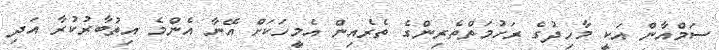
ސަމްއާން އަކީ މާހިދުގެ ރަހުމަތްތެރިންގެ ތެރެއިން އެމީހަކަށް އޭނާ އެންމެ އިތުބާރުކުރާ އަދި